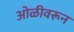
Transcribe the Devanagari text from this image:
ओळीवरून